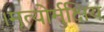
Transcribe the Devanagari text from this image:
।मृत्योर्मुक्षिय